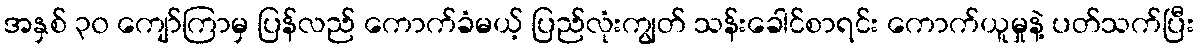
အနှစ် ၃၀ ကျော်ကြာမှ ပြန်လည် ကောက်ခံမယ့် ပြည်လုံးကျွတ် သန်းခေါင်စာရင်း ကောက်ယူမှုနဲ့ ပတ်သက်ပြီး